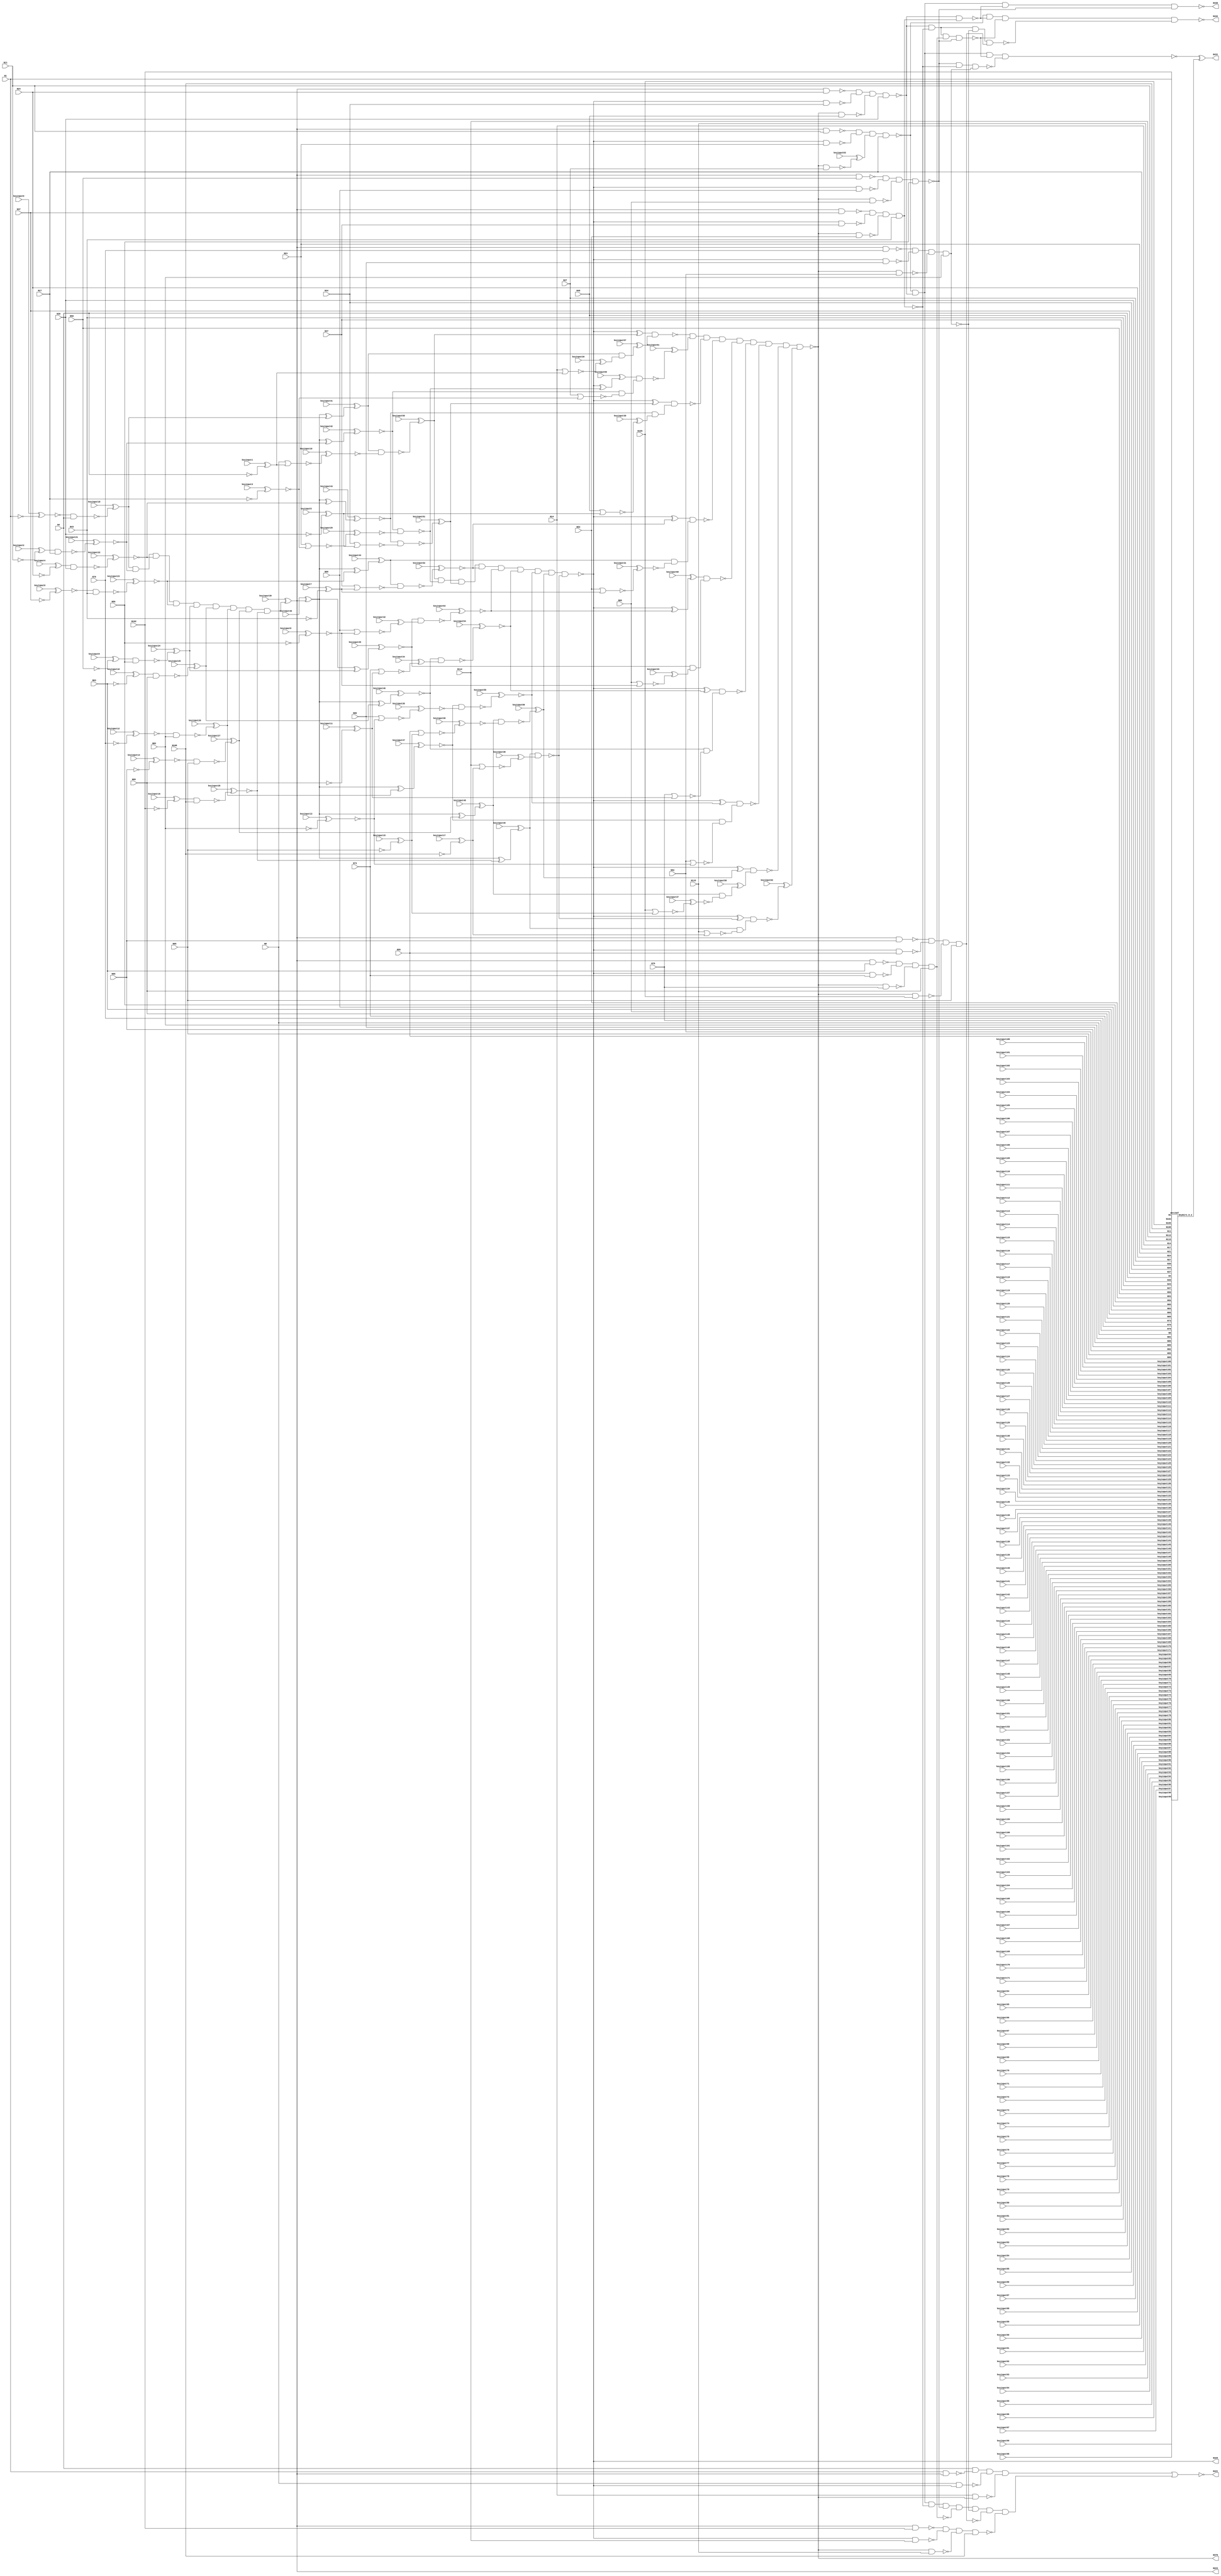
`timescale 1ns / 1ps
// Verilog
// c432
// Ninputs 36
// Noutputs 7
// NtotalGates 160
// NOT1 40
// NAND2 64
// NOR2 19
// AND9 3
// XOR2 18
// NAND4 14
// AND8 1
// NAND3 1

module top (N1,N4,N8,N11,N14,N17,N21,N24,N27,N30,
             N34,N37,N40,N43,N47,N50,N53,N56,N60,N63,
             N66,N69,N73,N76,N79,N82,N86,N89,N92,N95,
             N99,N102,N105,N108,N112,N115,N223,N329,N370,N421,
                  N430,N431,N432,
        keyinput0, keyinput1, keyinput2, keyinput3, keyinput4,
        keyinput5, keyinput6, keyinput7, keyinput8, keyinput9,
        keyinput10, keyinput11, keyinput12, keyinput13, keyinput14,
        keyinput15, keyinput16, keyinput17, keyinput18, keyinput19,
        keyinput20, keyinput21, keyinput22, keyinput23, keyinput24,
        keyinput25, keyinput26, keyinput27, keyinput28, keyinput29,
        keyinput30, keyinput31, keyinput32, keyinput33, keyinput34,
        keyinput35, keyinput36, keyinput37, keyinput38, keyinput39,
        keyinput40, keyinput41, keyinput42, keyinput43, keyinput44,
        keyinput45, keyinput46, keyinput47, keyinput48, keyinput49,
        keyinput50, keyinput51, keyinput52, keyinput53, keyinput54,
        keyinput55, keyinput56, keyinput57, keyinput58, keyinput59,
                  keyinput60, keyinput61, keyinput62, keyinput63,
        keyinput64, keyinput65, keyinput66, keyinput67, keyinput68,
        keyinput69, keyinput70, keyinput71, keyinput72, keyinput73,
        keyinput74, keyinput75, keyinput76, keyinput77, keyinput78,
        keyinput79, keyinput80, keyinput81, keyinput82, keyinput83,
        keyinput84, keyinput85, keyinput86, keyinput87, keyinput88,
        keyinput89, keyinput90, keyinput91, keyinput92, keyinput93,
        keyinput94, keyinput95, keyinput96, keyinput97, keyinput98,
        keyinput99, keyinput100, keyinput101, keyinput102, keyinput103,
        keyinput104, keyinput105, keyinput106, keyinput107, keyinput108,
        keyinput109, keyinput110, keyinput111, keyinput112, keyinput113,
        keyinput114, keyinput115, keyinput116, keyinput117, keyinput118,
        keyinput119, keyinput120, keyinput121, keyinput122, keyinput123,
        keyinput124, keyinput125, keyinput126, keyinput127, keyinput128,
        keyinput129, keyinput130, keyinput131, keyinput132, keyinput133,
                  keyinput134, keyinput135,
        keyinput136, keyinput137, keyinput138, keyinput139, keyinput140,
        keyinput141, keyinput142, keyinput143, keyinput144, keyinput145,
        keyinput146, keyinput147, keyinput148, keyinput149, keyinput150,
        keyinput151, keyinput152, keyinput153, keyinput154, keyinput155,
        keyinput156, keyinput157, keyinput158, keyinput159, keyinput160,
        keyinput161, keyinput162, keyinput163, keyinput164, keyinput165,
        keyinput166, keyinput167, keyinput168, keyinput169, keyinput170,
        keyinput171);

  input keyinput136, keyinput137, keyinput138, keyinput139, keyinput140;
  input keyinput141, keyinput142, keyinput143, keyinput144, keyinput145;
  input keyinput146, keyinput147, keyinput148, keyinput149, keyinput150;
  input keyinput151, keyinput152, keyinput153, keyinput154, keyinput155;
  input keyinput156, keyinput157, keyinput158, keyinput159, keyinput160;
  input keyinput161, keyinput162, keyinput163, keyinput164, keyinput165;
  input keyinput166, keyinput167, keyinput168, keyinput169, keyinput170;
  input keyinput171;


  input keyinput64, keyinput65, keyinput66, keyinput67, keyinput68;
  input keyinput69, keyinput70, keyinput71, keyinput72, keyinput73;
  input keyinput74, keyinput75, keyinput76, keyinput77, keyinput78;
  input keyinput79, keyinput80, keyinput81, keyinput82, keyinput83;
  input keyinput84, keyinput85, keyinput86, keyinput87, keyinput88;
  input keyinput89, keyinput90, keyinput91, keyinput92, keyinput93;
  input keyinput94, keyinput95, keyinput96, keyinput97, keyinput98;
  input keyinput99, keyinput100, keyinput101, keyinput102, keyinput103;
  input keyinput104, keyinput105, keyinput106, keyinput107, keyinput108;
  input keyinput109, keyinput110, keyinput111, keyinput112, keyinput113;
  input keyinput114, keyinput115, keyinput116, keyinput117, keyinput118;
  input keyinput119, keyinput120, keyinput121, keyinput122, keyinput123;
  input keyinput124, keyinput125, keyinput126, keyinput127, keyinput128;
  input keyinput129, keyinput130, keyinput131, keyinput132, keyinput133;
  input keyinput134, keyinput135;

  wire KeyWire_0_1 , KeyWire_0_2;

  input keyinput0, keyinput1, keyinput2, keyinput3, keyinput4;
  input keyinput5, keyinput6, keyinput7, keyinput8, keyinput9;
  input keyinput10, keyinput11, keyinput12, keyinput13, keyinput14;
  input keyinput15, keyinput16, keyinput17, keyinput18, keyinput19;
  input keyinput20, keyinput21, keyinput22, keyinput23, keyinput24;
  input keyinput25, keyinput26, keyinput27, keyinput28, keyinput29;
  input keyinput30, keyinput31, keyinput32, keyinput33, keyinput34;
  input keyinput35, keyinput36, keyinput37, keyinput38, keyinput39;
  input keyinput40, keyinput41, keyinput42, keyinput43, keyinput44;
  input keyinput45, keyinput46, keyinput47, keyinput48, keyinput49;
  input keyinput50, keyinput51, keyinput52, keyinput53, keyinput54;
  input keyinput55, keyinput56, keyinput57, keyinput58, keyinput59;
  input keyinput60, keyinput61, keyinput62, keyinput63;

  wire [0:63] keyinput_Wire_0;
  wire [0:26] KeyNOTWire_0;

input N1,N4,N8,N11,N14,N17,N21,N24,N27,N30,
      N34,N37,N40,N43,N47,N50,N53,N56,N60,N63,
      N66,N69,N73,N76,N79,N82,N86,N89,N92,N95,
      N99,N102,N105,N108,N112,N115;

output N223,N329,N370,N421,N430,N431,N432;

wire N118,N119,N122,N123,N126,N127,N130,N131,N134,N135,
     N138,N139,N142,N143,N146,N147,N150,N151,N154,N157,
     N158,N159,N162,N165,N168,N171,N174,N177,N180,N183,
     N184,N185,N186,N187,N188,N189,N190,N191,N192,N193,
     N194,N195,N196,N197,N198,N199,N203,N213,N224,N227,
     N230,N233,N236,N239,N242,N243,N246,N247,N250,N251,
     N254,N255,N256,N257,N258,N259,N260,N263,N264,N267,
     N270,N273,N276,N279,N282,N285,N288,N289,N290,N291,
     N292,N293,N294,N295,N296,N300,N301,N302,N303,N304,
     N305,N306,N307,N308,N309,N319,N330,N331,N332,N333,
     N334,N335,N336,N337,N338,N339,N340,N341,N342,N343,
     N344,N345,N346,N347,N348,N349,N350,N351,N352,N353,
     N354,N355,N356,N357,N360,N371,N372,N373,N374,N375,
     N376,N377,N378,N379,N380,N381,N386,N393,N399,N404,
     N407,N411,N414,N415,N416,N417,N418,N419,N420,N422,
     N425,N428,N429;

  not NOT1_1 (keyinput_Wire_0[0], N1);
  xor keyGate_0_0(KeyNOTWire_0[0], keyinput0, keyinput_Wire_0[0]);
  not KeyNOTGate_0_0(N118, KeyNOTWire_0[0]);
  not NOT1_2 (keyinput_Wire_0[1], N4);
  xnor keyGate_0_1(KeyNOTWire_0[1], keyinput1, keyinput_Wire_0[1]);
  not KeyNOTGate_0_1(N119, KeyNOTWire_0[1]);
  not NOT1_3 (keyinput_Wire_0[2], N11);
  xor keyGate_0_2(N122, keyinput2, keyinput_Wire_0[2]);
  not NOT1_4 (keyinput_Wire_0[3], N17);
  xor keyGate_0_3(KeyNOTWire_0[2], keyinput3, keyinput_Wire_0[3]);
  not KeyNOTGate_0_2(N123, KeyNOTWire_0[2]);
  not NOT1_5 (keyinput_Wire_0[4], N24);
  xor keyGate_0_4(N126, keyinput4, keyinput_Wire_0[4]);
  not NOT1_6 (keyinput_Wire_0[5], N30);
  xor keyGate_0_5(N127, keyinput5, keyinput_Wire_0[5]);
  not NOT1_7 (keyinput_Wire_0[6], N37);
  xnor keyGate_0_6(N130, keyinput6, keyinput_Wire_0[6]);
  not NOT1_8 (keyinput_Wire_0[7], N43);
  xnor keyGate_0_7(KeyNOTWire_0[3], keyinput7, keyinput_Wire_0[7]);
  not KeyNOTGate_0_3(N131, KeyNOTWire_0[3]);
  not NOT1_9 (keyinput_Wire_0[8], N50);
  xnor keyGate_0_8(KeyNOTWire_0[4], keyinput8, keyinput_Wire_0[8]);
  not KeyNOTGate_0_4(N134, KeyNOTWire_0[4]);
  not NOT1_10 (keyinput_Wire_0[9], N56);
  xnor keyGate_0_9(N135, keyinput9, keyinput_Wire_0[9]);
  not NOT1_11 (keyinput_Wire_0[10], N63);
  xnor keyGate_0_10(KeyNOTWire_0[5], keyinput10, keyinput_Wire_0[10]);
  not KeyNOTGate_0_5(N138, KeyNOTWire_0[5]);
  not NOT1_12 (keyinput_Wire_0[11], N69);
  xor keyGate_0_11(N139, keyinput11, keyinput_Wire_0[11]);
  not NOT1_13 (keyinput_Wire_0[12], N76);
  xnor keyGate_0_12(N142, keyinput12, keyinput_Wire_0[12]);
  not NOT1_14 (keyinput_Wire_0[13], N82);
  xnor keyGate_0_13(N143, keyinput13, keyinput_Wire_0[13]);
  not NOT1_15 (keyinput_Wire_0[14], N89);
  xor keyGate_0_14(KeyNOTWire_0[6], keyinput14, keyinput_Wire_0[14]);
  not KeyNOTGate_0_6(N146, KeyNOTWire_0[6]);
  not NOT1_16 (keyinput_Wire_0[15], N95);
  xnor keyGate_0_15(KeyNOTWire_0[7], keyinput15, keyinput_Wire_0[15]);
  not KeyNOTGate_0_7(N147, KeyNOTWire_0[7]);
  not NOT1_17 (keyinput_Wire_0[16], N102);
  xnor keyGate_0_16(KeyNOTWire_0[8], keyinput16, keyinput_Wire_0[16]);
  not KeyNOTGate_0_8(N150, KeyNOTWire_0[8]);
  not NOT1_18 (keyinput_Wire_0[17], N108);
  xor keyGate_0_17(N151, keyinput17, keyinput_Wire_0[17]);
  nand NAND2_19 (keyinput_Wire_0[18], N118, N4);
  xor keyGate_0_18(N154, keyinput18, keyinput_Wire_0[18]);
  nor NOR2_20 (keyinput_Wire_0[19], N8, N119);
  xnor keyGate_0_19(N157, keyinput19, keyinput_Wire_0[19]);
  nor NOR2_21 (keyinput_Wire_0[20], N14, N119);
  xor keyGate_0_20(N158, keyinput20, keyinput_Wire_0[20]);
  nand NAND2_22 (keyinput_Wire_0[21], N122, N17);
  xor keyGate_0_21(KeyNOTWire_0[9], keyinput21, keyinput_Wire_0[21]);
  not KeyNOTGate_0_9(N159, KeyNOTWire_0[9]);
  nand NAND2_23 (keyinput_Wire_0[22], N126, N30);
  xnor keyGate_0_22(N162, keyinput22, keyinput_Wire_0[22]);
  nand NAND2_24 (keyinput_Wire_0[23], N130, N43);
  xnor keyGate_0_23(N165, keyinput23, keyinput_Wire_0[23]);
  nand NAND2_25 (keyinput_Wire_0[24], N134, N56);
  xor keyGate_0_24(N168, keyinput24, keyinput_Wire_0[24]);
  nand NAND2_26 (keyinput_Wire_0[25], N138, N69);
  xnor keyGate_0_25(KeyNOTWire_0[10], keyinput25, keyinput_Wire_0[25]);
  not KeyNOTGate_0_10(N171, KeyNOTWire_0[10]);
  nand NAND2_27 (keyinput_Wire_0[26], N142, N82);
  xor keyGate_0_26(N174, keyinput26, keyinput_Wire_0[26]);
  nand NAND2_28 (keyinput_Wire_0[27], N146, N95);
  xor keyGate_0_27(N177, keyinput27, keyinput_Wire_0[27]);
  nand NAND2_29 (keyinput_Wire_0[28], N150, N108);
  xor keyGate_0_28(KeyNOTWire_0[11], keyinput28, keyinput_Wire_0[28]);
  not KeyNOTGate_0_11(N180, KeyNOTWire_0[11]);
  nor NOR2_30 (keyinput_Wire_0[29], N21, N123);
  xnor keyGate_0_29(N183, keyinput29, keyinput_Wire_0[29]);
nor NOR2_31 (N184, N27, N123);
nor NOR2_32 (N185, N34, N127);
  nor NOR2_33 (keyinput_Wire_0[30], N40, N127);
  xor keyGate_0_30(N186, keyinput30, keyinput_Wire_0[30]);
nor NOR2_34 (N187, N47, N131);
  nor NOR2_35 (keyinput_Wire_0[31], N53, N131);
  xor keyGate_0_31(KeyNOTWire_0[12], keyinput31, keyinput_Wire_0[31]);
  not KeyNOTGate_0_12(N188, KeyNOTWire_0[12]);
  nor NOR2_36 (keyinput_Wire_0[32], N60, N135);
  xnor keyGate_0_32(KeyNOTWire_0[13], keyinput32, keyinput_Wire_0[32]);
  not KeyNOTGate_0_13(N189, KeyNOTWire_0[13]);
  nor NOR2_37 (keyinput_Wire_0[33], N66, N135);
  xor keyGate_0_33(N190, keyinput33, keyinput_Wire_0[33]);
  nor NOR2_38 (keyinput_Wire_0[34], N73, N139);
  xor keyGate_0_34(N191, keyinput34, keyinput_Wire_0[34]);
nor NOR2_39 (N192, N79, N139);
  nor NOR2_40 (keyinput_Wire_0[35], N86, N143);
  xnor keyGate_0_35(N193, keyinput35, keyinput_Wire_0[35]);
nor NOR2_41 (N194, N92, N143);
  nor NOR2_42 (keyinput_Wire_0[36], N99, N147);
  xor keyGate_0_36(KeyNOTWire_0[14], keyinput36, keyinput_Wire_0[36]);
  not KeyNOTGate_0_14(N195, KeyNOTWire_0[14]);
  nor NOR2_43 (keyinput_Wire_0[37], N105, N147);
  xnor keyGate_0_37(N196, keyinput37, keyinput_Wire_0[37]);
  nor NOR2_44 (keyinput_Wire_0[38], N112, N151);
  xor keyGate_0_38(N197, keyinput38, keyinput_Wire_0[38]);
nor NOR2_45 (N198, N115, N151);
  and AND9_46 (keyinput_Wire_0[39], N154, N159, N162, N165, N168, N171, N174, N177, N180);
  xnor keyGate_0_39(N199, keyinput39, keyinput_Wire_0[39]);
  not NOT1_47 (keyinput_Wire_0[40], N199);
  xor keyGate_0_40(N203, keyinput40, keyinput_Wire_0[40]);
not NOT1_48 (N213, N199);
not NOT1_49 (N223, N199);
  xor XOR2_50 (keyinput_Wire_0[41], N203, N154);
  xor keyGate_0_41(N224, keyinput41, keyinput_Wire_0[41]);
  xor XOR2_51 (keyinput_Wire_0[42], N203, N159);
  xor keyGate_0_42(KeyNOTWire_0[15], keyinput42, keyinput_Wire_0[42]);
  not KeyNOTGate_0_15(N227, KeyNOTWire_0[15]);
  xor XOR2_52 (keyinput_Wire_0[43], N203, N162);
  xor keyGate_0_43(KeyNOTWire_0[16], keyinput43, keyinput_Wire_0[43]);
  not KeyNOTGate_0_16(N230, KeyNOTWire_0[16]);
  xor XOR2_53 (keyinput_Wire_0[44], N203, N165);
  xnor keyGate_0_44(KeyNOTWire_0[17], keyinput44, keyinput_Wire_0[44]);
  not KeyNOTGate_0_17(N233, KeyNOTWire_0[17]);
  xor XOR2_54 (keyinput_Wire_0[45], N203, N168);
  xor keyGate_0_45(KeyNOTWire_0[18], keyinput45, keyinput_Wire_0[45]);
  not KeyNOTGate_0_18(N236, KeyNOTWire_0[18]);
  xor XOR2_55 (keyinput_Wire_0[46], N203, N171);
  xnor keyGate_0_46(N239, keyinput46, keyinput_Wire_0[46]);
nand NAND2_56 (N242, N1, N213);
  xor XOR2_57 (keyinput_Wire_0[47], N203, N174);
  xnor keyGate_0_47(N243, keyinput47, keyinput_Wire_0[47]);
nand NAND2_58 (N246, N213, N11);
  xor XOR2_59 (keyinput_Wire_0[48], N203, N177);
  xor keyGate_0_48(N247, keyinput48, keyinput_Wire_0[48]);
nand NAND2_60 (N250, N213, N24);
  xor XOR2_61 (keyinput_Wire_0[49], N203, N180);
  xor keyGate_0_49(N251, keyinput49, keyinput_Wire_0[49]);
nand NAND2_62 (N254, N213, N37);
nand NAND2_63 (N255, N213, N50);
nand NAND2_64 (N256, N213, N63);
nand NAND2_65 (N257, N213, N76);
nand NAND2_66 (N258, N213, N89);
nand NAND2_67 (N259, N213, N102);
  nand NAND2_68 (keyinput_Wire_0[50], N224, N157);
  xnor keyGate_0_50(KeyNOTWire_0[19], keyinput50, keyinput_Wire_0[50]);
  not KeyNOTGate_0_19(N260, KeyNOTWire_0[19]);
nand NAND2_69 (N263, N224, N158);
nand NAND2_70 (N264, N227, N183);
  nand NAND2_71 (keyinput_Wire_0[51], N230, N185);
  xnor keyGate_0_51(KeyNOTWire_0[20], keyinput51, keyinput_Wire_0[51]);
  not KeyNOTGate_0_20(N267, KeyNOTWire_0[20]);
  nand NAND2_72 (keyinput_Wire_0[52], N233, N187);
  xnor keyGate_0_52(N270, keyinput52, keyinput_Wire_0[52]);
  nand NAND2_73 (keyinput_Wire_0[53], N236, N189);
  xnor keyGate_0_53(N273, keyinput53, keyinput_Wire_0[53]);
  nand NAND2_74 (keyinput_Wire_0[54], N239, N191);
  xor keyGate_0_54(KeyNOTWire_0[21], keyinput54, keyinput_Wire_0[54]);
  not KeyNOTGate_0_21(N276, KeyNOTWire_0[21]);
  nand NAND2_75 (keyinput_Wire_0[55], N243, N193);
  xor keyGate_0_55(KeyNOTWire_0[22], keyinput55, keyinput_Wire_0[55]);
  not KeyNOTGate_0_22(N279, KeyNOTWire_0[22]);
  nand NAND2_76 (keyinput_Wire_0[56], N247, N195);
  xnor keyGate_0_56(KeyNOTWire_0[23], keyinput56, keyinput_Wire_0[56]);
  not KeyNOTGate_0_23(N282, KeyNOTWire_0[23]);
nand NAND2_77 (N285, N251, N197);
nand NAND2_78 (N288, N227, N184);
nand NAND2_79 (N289, N230, N186);
nand NAND2_80 (N290, N233, N188);
nand NAND2_81 (N291, N236, N190);
nand NAND2_82 (N292, N239, N192);
nand NAND2_83 (N293, N243, N194);
nand NAND2_84 (N294, N247, N196);
nand NAND2_85 (N295, N251, N198);
and AND9_86 (N296, N260, N264, N267, N270, N273, N276, N279, N282, N285);
  not NOT1_87 (keyinput_Wire_0[57], N263);
  xor keyGate_0_57(N300, keyinput57, keyinput_Wire_0[57]);
not NOT1_88 (N301, N288);
not NOT1_89 (N302, N289);
not NOT1_90 (N303, N290);
not NOT1_91 (N304, N291);
not NOT1_92 (N305, N292);
not NOT1_93 (N306, N293);
  not NOT1_94 (keyinput_Wire_0[58], N294);
  xnor keyGate_0_58(KeyNOTWire_0[24], keyinput58, keyinput_Wire_0[58]);
  not KeyNOTGate_0_24(N307, KeyNOTWire_0[24]);
not NOT1_95 (N308, N295);
not NOT1_96 (N309, N296);
not NOT1_97 (N319, N296);
not NOT1_98 (N329, N296);
xor XOR2_99 (N330, N309, N260);
  xor XOR2_100 (keyinput_Wire_0[59], N309, N264);
  xnor keyGate_0_59(KeyNOTWire_0[25], keyinput59, keyinput_Wire_0[59]);
  not KeyNOTGate_0_25(N331, KeyNOTWire_0[25]);
xor XOR2_101 (N332, N309, N267);
xor XOR2_102 (N333, N309, N270);
nand NAND2_103 (N334, N8, N319);
  xor XOR2_104 (keyinput_Wire_0[60], N309, N273);
  xor keyGate_0_60(N335, keyinput60, keyinput_Wire_0[60]);
nand NAND2_105 (N336, N319, N21);
xor XOR2_106 (N337, N309, N276);
nand NAND2_107 (N338, N319, N34);
xor XOR2_108 (N339, N309, N279);
nand NAND2_109 (N340, N319, N47);
xor XOR2_110 (N341, N309, N282);
nand NAND2_111 (N342, N319, N60);
xor XOR2_112 (N343, N309, N285);
nand NAND2_113 (N344, N319, N73);
nand NAND2_114 (N345, N319, N86);
nand NAND2_115 (N346, N319, N99);
nand NAND2_116 (N347, N319, N112);
nand NAND2_117 (N348, N330, N300);
  nand NAND2_118 (keyinput_Wire_0[61], N331, N301);
  xor keyGate_0_61(N349, keyinput61, keyinput_Wire_0[61]);
nand NAND2_119 (N350, N332, N302);
nand NAND2_120 (N351, N333, N303);
nand NAND2_121 (N352, N335, N304);
nand NAND2_122 (N353, N337, N305);
nand NAND2_123 (N354, N339, N306);
nand NAND2_124 (N355, N341, N307);
  nand NAND2_125 (keyinput_Wire_0[62], N343, N308);
  xor keyGate_0_62(N356, keyinput62, keyinput_Wire_0[62]);
and AND9_126 (N357, N348, N349, N350, N351, N352, N353, N354, N355, N356);
not NOT1_127 (N360, N357);
not NOT1_128 (N370, N357);
nand NAND2_129 (N371, N14, N360);
  nand NAND2_130 (keyinput_Wire_0[63], N360, N27);
  xnor keyGate_0_63(KeyNOTWire_0[26], keyinput63, keyinput_Wire_0[63]);
  not KeyNOTGate_0_26(N372, KeyNOTWire_0[26]);
nand NAND2_131 (N373, N360, N40);
nand NAND2_132 (N374, N360, N53);
nand NAND2_133 (N375, N360, N66);
nand NAND2_134 (N376, N360, N79);
nand NAND2_135 (N377, N360, N92);
nand NAND2_136 (N378, N360, N105);
nand NAND2_137 (N379, N360, N115);
nand NAND4_138 (N380, N4, N242, N334, N371);
nand NAND4_139 (N381, N246, N336, N372, N17);
nand NAND4_140 (N386, N250, N338, N373, N30);
nand NAND4_141 (N393, N254, N340, N374, N43);
nand NAND4_142 (N399, N255, N342, N375, N56);
nand NAND4_143 (N404, N256, N344, N376, N69);
nand NAND4_144 (N407, N257, N345, N377, N82);
nand NAND4_145 (N411, N258, N346, N378, N95);
nand NAND4_146 (N414, N259, N347, N379, N108);
not NOT1_147 (N415, N380);
and AND8_148 (N416, N381, N386, N393, N399, N404, N407, N411, N414);
not NOT1_149 (N417, N393);
not NOT1_150 (N418, N404);
not NOT1_151 (N419, N407);
not NOT1_152 (N420, N411);
nor NOR2_153 (N421, N415, N416);
nand NAND2_154 (N422, N386, N417);
nand NAND4_155 (N425, N386, N393, N418, N399);
nand NAND3_156 (N428, N399, N393, N419);
nand NAND4_157 (N429, N386, N393, N407, N420);
nand NAND4_158 (N430, N381, N386, N422, N399);
nand NAND4_159 (KeyWire_0_1, N381, N386, N425, N428);
  xor flip_it (N431, KeyWire_0_1, KeyWire_0_2 );
nand NAND4_160 (N432, N381, N422, N425, N429);

AntiSAT some_name( KeyWire_0_2, N108, N30, N43, N69, N60, N53, N11, N17, N89, N8, N99, N4, N24, N115, N27, N92, N66, N21, N73, N95, N76, N82, N50, N86, N37, N1, N47, N105, N40, N112, N102, N14, N56, N63, N34, N79, keyinput64, keyinput65, keyinput66, keyinput67, keyinput68, keyinput69, keyinput70, keyinput71, keyinput72, keyinput73, keyinput74, keyinput75, keyinput76, keyinput77, keyinput78, keyinput79, keyinput80, keyinput81, keyinput82, keyinput83, keyinput84, keyinput85, keyinput86, keyinput87, keyinput88, keyinput89, keyinput90, keyinput91, keyinput92, keyinput93, keyinput94, keyinput95, keyinput96, keyinput97, keyinput98, keyinput99, keyinput100, keyinput101, keyinput102, keyinput103, keyinput104, keyinput105, keyinput106, keyinput107, keyinput108, keyinput109, keyinput110, keyinput111, keyinput112, keyinput113, keyinput114, keyinput115, keyinput116, keyinput117, keyinput118, keyinput119, keyinput120, keyinput121, keyinput122, keyinput123, keyinput124, keyinput125, keyinput126, keyinput127, keyinput128, keyinput129, keyinput130, keyinput131, keyinput132, keyinput133, keyinput134, keyinput135,
       keyinput136, keyinput137, keyinput138, keyinput139, keyinput140,
       keyinput141, keyinput142, keyinput143, keyinput144, keyinput145,
       keyinput146, keyinput147, keyinput148, keyinput149, keyinput150,
       keyinput151, keyinput152, keyinput153, keyinput154, keyinput155,
       keyinput156, keyinput157, keyinput158, keyinput159, keyinput160,
       keyinput161, keyinput162, keyinput163, keyinput164, keyinput165,
       keyinput166, keyinput167, keyinput168, keyinput169, keyinput170,
       keyinput171);

endmodule

/*************************************************************************/

module AntiSAT (KeyWire_0_2, N108, N30, N43, N69, N60, N53, N11, N17, N89, N8, N99, N4, N24, N115, N27, N92, N66, N21, N73, N95, N76, N82, N50, N86, N37, N1, N47, N105, N40, N112, N102, N14, N56, N63, N34, N79, keyinput64, keyinput65, keyinput66, keyinput67, keyinput68, keyinput69, keyinput70, keyinput71, keyinput72, keyinput73, keyinput74, keyinput75, keyinput76, keyinput77, keyinput78, keyinput79, keyinput80, keyinput81, keyinput82, keyinput83, keyinput84, keyinput85, keyinput86, keyinput87, keyinput88, keyinput89, keyinput90, keyinput91, keyinput92, keyinput93, keyinput94, keyinput95, keyinput96, keyinput97, keyinput98, keyinput99, keyinput100, keyinput101, keyinput102, keyinput103, keyinput104, keyinput105, keyinput106, keyinput107, keyinput108, keyinput109, keyinput110, keyinput111, keyinput112, keyinput113, keyinput114, keyinput115, keyinput116, keyinput117, keyinput118, keyinput119, keyinput120, keyinput121, keyinput122, keyinput123, keyinput124, keyinput125, keyinput126, keyinput127, keyinput128, keyinput129, keyinput130, keyinput131, keyinput132, keyinput133, keyinput134, keyinput135 ,
        keyinput136, keyinput137, keyinput138, keyinput139, keyinput140,
        keyinput141, keyinput142, keyinput143, keyinput144, keyinput145,
        keyinput146, keyinput147, keyinput148, keyinput149, keyinput150,
        keyinput151, keyinput152, keyinput153, keyinput154, keyinput155,
        keyinput156, keyinput157, keyinput158, keyinput159, keyinput160,
        keyinput161, keyinput162, keyinput163, keyinput164, keyinput165,
        keyinput166, keyinput167, keyinput168, keyinput169, keyinput170,
        keyinput171);

  input keyinput136, keyinput137, keyinput138, keyinput139, keyinput140;
  input keyinput141, keyinput142, keyinput143, keyinput144, keyinput145;
  input keyinput146, keyinput147, keyinput148, keyinput149, keyinput150;
  input keyinput151, keyinput152, keyinput153, keyinput154, keyinput155;
  input keyinput156, keyinput157, keyinput158, keyinput159, keyinput160;
  input keyinput161, keyinput162, keyinput163, keyinput164, keyinput165;
  input keyinput166, keyinput167, keyinput168, keyinput169, keyinput170;
  input keyinput171;

  wire [0:35] keyNTin_Wire_1;
  wire [0:15] KeyNOTWire_1;

  input N108, N30, N43, N69, N60, N53, N11, N17, N89, N8, N99, N4, N24, N115, N27, N92, N66, N21, N73, N95, N76, N82, N50, N86, N37, N1, N47, N105, N40, N112, N102, N14, N56, N63, N34, N79;
  input keyinput64, keyinput65, keyinput66, keyinput67, keyinput68, keyinput69, keyinput70, keyinput71, keyinput72, keyinput73, keyinput74, keyinput75, keyinput76, keyinput77, keyinput78, keyinput79, keyinput80, keyinput81, keyinput82, keyinput83, keyinput84, keyinput85, keyinput86, keyinput87, keyinput88, keyinput89, keyinput90, keyinput91, keyinput92, keyinput93, keyinput94, keyinput95, keyinput96, keyinput97, keyinput98, keyinput99, keyinput100, keyinput101, keyinput102, keyinput103, keyinput104, keyinput105, keyinput106, keyinput107, keyinput108, keyinput109, keyinput110, keyinput111, keyinput112, keyinput113, keyinput114, keyinput115, keyinput116, keyinput117, keyinput118, keyinput119, keyinput120, keyinput121, keyinput122, keyinput123, keyinput124, keyinput125, keyinput126, keyinput127, keyinput128, keyinput129, keyinput130, keyinput131, keyinput132, keyinput133, keyinput134, keyinput135;
  output KeyWire_0_2;
  wire newWire_0, newWire_1, newWire_2, newWire_3, newWire_4, newWire_5, newWire_6, newWire_7, newWire_8, newWire_9, newWire_10, newWire_11, newWire_12, newWire_13, newWire_14, newWire_15, newWire_16, newWire_17, newWire_18, newWire_19, newWire_20, newWire_21, newWire_22, newWire_23, newWire_24, newWire_25, newWire_26, newWire_27, newWire_28, newWire_29, newWire_30, newWire_31, newWire_32, newWire_33, newWire_34, newWire_35, newWire_36, newWire_37, newWire_38, newWire_39, newWire_40, newWire_41, newWire_42, newWire_43, newWire_44, newWire_45, newWire_46, newWire_47, newWire_48, newWire_49, newWire_50, newWire_51, newWire_52, newWire_53, newWire_54, newWire_55, newWire_56, newWire_57, newWire_58, newWire_59, newWire_60, newWire_61, newWire_62, newWire_63, newWire_64, newWire_65, newWire_66, newWire_67, newWire_68, newWire_69, newWire_70, newWire_71, newWire_72, newWire_73 ;

  xnor KeyGate0 (newWire_0, N108, keyinput64);
  xor  KeyGate1 (newWire_1, N30, keyinput65);
  xnor KeyGate2 (keyNTin_Wire_1[0], N43, keyinput66);
  xor keyNTinGate_1_0(KeyNOTWire_1[0], keyinput136, keyNTin_Wire_1[0]);
  not KeyNOTGate_1_0(newWire_2, KeyNOTWire_1[0]);
  xor  KeyGate3 (newWire_3, N69, keyinput67);
  xnor KeyGate4 (keyNTin_Wire_1[1], N60, keyinput68);
  xor keyNTinGate_1_1(KeyNOTWire_1[1], keyinput137, keyNTin_Wire_1[1]);
  not KeyNOTGate_1_1(newWire_4, KeyNOTWire_1[1]);
  xnor KeyGate5 (keyNTin_Wire_1[2], N53, keyinput69);
  xnor keyNTinGate_1_2(newWire_5, keyinput138, keyNTin_Wire_1[2]);
  xor  KeyGate6 (keyNTin_Wire_1[3], N11, keyinput70);
  xnor keyNTinGate_1_3(KeyNOTWire_1[2], keyinput139, keyNTin_Wire_1[3]);
  not KeyNOTGate_1_2(newWire_6, KeyNOTWire_1[2]);
  xnor KeyGate7 (newWire_7, N17, keyinput71);
  xnor KeyGate8 (newWire_8, N89, keyinput72);
  xor  KeyGate9 (newWire_9, N8, keyinput73);
  xnor KeyGate10 (keyNTin_Wire_1[4], N99, keyinput74);
  xor keyNTinGate_1_4(newWire_10, keyinput140, keyNTin_Wire_1[4]);
  xor  KeyGate11 (newWire_11, N4, keyinput75);
  xor  KeyGate12 (keyNTin_Wire_1[5], N24, keyinput76);
  xor keyNTinGate_1_5(newWire_12, keyinput141, keyNTin_Wire_1[5]);
  xor  KeyGate13 (keyNTin_Wire_1[6], N115, keyinput77);
  xnor keyNTinGate_1_6(KeyNOTWire_1[3], keyinput142, keyNTin_Wire_1[6]);
  not KeyNOTGate_1_3(newWire_13, KeyNOTWire_1[3]);
  xor  KeyGate14 (newWire_14, N27, keyinput78);
  xor  KeyGate15 (newWire_15, N92, keyinput79);
  xnor KeyGate16 (newWire_16, N66, keyinput80);
  xnor KeyGate17 (keyNTin_Wire_1[7], N21, keyinput81);
  xnor keyNTinGate_1_7(KeyNOTWire_1[4], keyinput143, keyNTin_Wire_1[7]);
  not KeyNOTGate_1_4(newWire_17, KeyNOTWire_1[4]);
  xnor KeyGate18 (keyNTin_Wire_1[8], N73, keyinput82);
  xor keyNTinGate_1_8(newWire_18, keyinput144, keyNTin_Wire_1[8]);
  xnor KeyGate19 (newWire_19, N95, keyinput83);
  xor  KeyGate20 (newWire_20, N76, keyinput84);
  xor  KeyGate21 (keyNTin_Wire_1[9], N82, keyinput85);
  xnor keyNTinGate_1_9(newWire_21, keyinput145, keyNTin_Wire_1[9]);
  xnor KeyGate22 (keyNTin_Wire_1[10], N50, keyinput86);
  xnor keyNTinGate_1_10(newWire_22, keyinput146, keyNTin_Wire_1[10]);
  xnor KeyGate23 (newWire_23, N86, keyinput87);
  xnor KeyGate24 (newWire_24, N37, keyinput88);
  xor  KeyGate25 (newWire_25, N1, keyinput89);
  xor  KeyGate26 (newWire_26, N47, keyinput90);
  xnor KeyGate27 (newWire_27, N105, keyinput91);
  xor  KeyGate28 (newWire_28, N40, keyinput92);
  xor  KeyGate29 (newWire_29, N112, keyinput93);
  xor  KeyGate30 (keyNTin_Wire_1[11], N102, keyinput94);
  xnor keyNTinGate_1_11(newWire_30, keyinput147, keyNTin_Wire_1[11]);
  xor  KeyGate31 (newWire_31, N14, keyinput95);
  xnor KeyGate32 (keyNTin_Wire_1[12], N56, keyinput96);
  xnor keyNTinGate_1_12(newWire_32, keyinput148, keyNTin_Wire_1[12]);
  xnor KeyGate33 (newWire_33, N63, keyinput97);
  xnor KeyGate34 (newWire_34, N34, keyinput98);
  xor  KeyGate35 (newWire_35, N79, keyinput99);
  xnor KeyGate36 (newWire_36, N108, keyinput100);
  xnor KeyGate37 (keyNTin_Wire_1[13], N30, keyinput101);
  xor keyNTinGate_1_13(KeyNOTWire_1[5], keyinput149, keyNTin_Wire_1[13]);
  not KeyNOTGate_1_5(newWire_37, KeyNOTWire_1[5]);
  xor  KeyGate38 (keyNTin_Wire_1[14], N43, keyinput102);
  xnor keyNTinGate_1_14(newWire_38, keyinput150, keyNTin_Wire_1[14]);
  xor  KeyGate39 (keyNTin_Wire_1[15], N69, keyinput103);
  xor keyNTinGate_1_15(KeyNOTWire_1[6], keyinput151, keyNTin_Wire_1[15]);
  not KeyNOTGate_1_6(newWire_39, KeyNOTWire_1[6]);
  xnor KeyGate40 (keyNTin_Wire_1[16], N60, keyinput104);
  xnor keyNTinGate_1_16(KeyNOTWire_1[7], keyinput152, keyNTin_Wire_1[16]);
  not KeyNOTGate_1_7(newWire_40, KeyNOTWire_1[7]);
  xnor KeyGate41 (newWire_41, N53, keyinput105);
  xnor KeyGate42 (newWire_42, N11, keyinput106);
  xor  KeyGate43 (newWire_43, N17, keyinput107);
  xnor KeyGate44 (newWire_44, N89, keyinput108);
  xor  KeyGate45 (keyNTin_Wire_1[17], N8, keyinput109);
  xnor keyNTinGate_1_17(KeyNOTWire_1[8], keyinput153, keyNTin_Wire_1[17]);
  not KeyNOTGate_1_8(newWire_45, KeyNOTWire_1[8]);
  xor  KeyGate46 (keyNTin_Wire_1[18], N99, keyinput110);
  xnor keyNTinGate_1_18(newWire_46, keyinput154, keyNTin_Wire_1[18]);
  xnor KeyGate47 (keyNTin_Wire_1[19], N4, keyinput111);
  xor keyNTinGate_1_19(KeyNOTWire_1[9], keyinput155, keyNTin_Wire_1[19]);
  not KeyNOTGate_1_9(newWire_47, KeyNOTWire_1[9]);
  xor  KeyGate48 (newWire_48, N24, keyinput112);
  xnor KeyGate49 (newWire_49, N115, keyinput113);
  xor  KeyGate50 (newWire_50, N27, keyinput114);
  xor  KeyGate51 (newWire_51, N92, keyinput115);
  xnor KeyGate52 (newWire_52, N66, keyinput116);
  xor  KeyGate53 (keyNTin_Wire_1[20], N21, keyinput117);
  xor keyNTinGate_1_20(newWire_53, keyinput156, keyNTin_Wire_1[20]);
  xor  KeyGate54 (newWire_54, N73, keyinput118);
  xnor KeyGate55 (keyNTin_Wire_1[21], N95, keyinput119);
  xnor keyNTinGate_1_21(newWire_55, keyinput157, keyNTin_Wire_1[21]);
  xor  KeyGate56 (keyNTin_Wire_1[22], N76, keyinput120);
  xnor keyNTinGate_1_22(newWire_56, keyinput158, keyNTin_Wire_1[22]);
  xnor KeyGate57 (newWire_57, N82, keyinput121);
  xor  KeyGate58 (keyNTin_Wire_1[23], N50, keyinput122);
  xor keyNTinGate_1_23(newWire_58, keyinput159, keyNTin_Wire_1[23]);
  xnor KeyGate59 (keyNTin_Wire_1[24], N86, keyinput123);
  xor keyNTinGate_1_24(newWire_59, keyinput160, keyNTin_Wire_1[24]);
  xnor KeyGate60 (keyNTin_Wire_1[25], N37, keyinput124);
  xnor keyNTinGate_1_25(newWire_60, keyinput161, keyNTin_Wire_1[25]);
  xnor KeyGate61 (keyNTin_Wire_1[26], N1, keyinput125);
  xor keyNTinGate_1_26(newWire_61, keyinput162, keyNTin_Wire_1[26]);
  xnor KeyGate62 (newWire_62, N47, keyinput126);
  xor  KeyGate63 (keyNTin_Wire_1[27], N105, keyinput127);
  xnor keyNTinGate_1_27(newWire_63, keyinput163, keyNTin_Wire_1[27]);
  xor  KeyGate64 (keyNTin_Wire_1[28], N40, keyinput128);
  xor keyNTinGate_1_28(newWire_64, keyinput164, keyNTin_Wire_1[28]);
  xor  KeyGate65 (keyNTin_Wire_1[29], N112, keyinput129);
  xor keyNTinGate_1_29(KeyNOTWire_1[10], keyinput165, keyNTin_Wire_1[29]);
  not KeyNOTGate_1_10(newWire_65, KeyNOTWire_1[10]);
  xnor KeyGate66 (newWire_66, N102, keyinput130);
  xnor KeyGate67 (keyNTin_Wire_1[30], N14, keyinput131);
  xor keyNTinGate_1_30(KeyNOTWire_1[11], keyinput166, keyNTin_Wire_1[30]);
  not KeyNOTGate_1_11(newWire_67, KeyNOTWire_1[11]);
  xnor KeyGate68 (keyNTin_Wire_1[31], N56, keyinput132);
  xor keyNTinGate_1_31(newWire_68, keyinput167, keyNTin_Wire_1[31]);
  xor  KeyGate69 (newWire_69, N63, keyinput133);
  xor  KeyGate70 (keyNTin_Wire_1[32], N34, keyinput134);
  xor keyNTinGate_1_32(KeyNOTWire_1[12], keyinput168, keyNTin_Wire_1[32]);
  not KeyNOTGate_1_12(newWire_70, KeyNOTWire_1[12]);
  xor  KeyGate71 (keyNTin_Wire_1[33], N79, keyinput135);
  xor keyNTinGate_1_33(KeyNOTWire_1[13], keyinput169, keyNTin_Wire_1[33]);
  not KeyNOTGate_1_13(newWire_71, KeyNOTWire_1[13]);
  and some_function (keyNTin_Wire_1[34], newWire_0, newWire_1, newWire_2, newWire_3, newWire_4, newWire_5, newWire_6, newWire_7, newWire_8, newWire_9, newWire_10, newWire_11, newWire_12, newWire_13, newWire_14, newWire_15, newWire_16, newWire_17, newWire_18, newWire_19, newWire_20, newWire_21, newWire_22, newWire_23, newWire_24, newWire_25, newWire_26, newWire_27, newWire_28, newWire_29, newWire_30, newWire_31, newWire_32, newWire_33, newWire_34, newWire_35 );
  xor keyNTinGate_1_34(KeyNOTWire_1[14], keyinput170, keyNTin_Wire_1[34]);
  not KeyNOTGate_1_14(newWire_72, KeyNOTWire_1[14]);
  nand compl_function (keyNTin_Wire_1[35], newWire_36, newWire_37, newWire_38, newWire_39, newWire_40, newWire_41, newWire_42, newWire_43, newWire_44, newWire_45, newWire_46, newWire_47, newWire_48, newWire_49, newWire_50, newWire_51, newWire_52, newWire_53, newWire_54, newWire_55, newWire_56, newWire_57, newWire_58, newWire_59, newWire_60, newWire_61, newWire_62, newWire_63, newWire_64, newWire_65, newWire_66, newWire_67, newWire_68, newWire_69, newWire_70, newWire_71);
  xor keyNTinGate_1_35(KeyNOTWire_1[15], keyinput171, keyNTin_Wire_1[35]);
  not KeyNOTGate_1_15(newWire_73, KeyNOTWire_1[15]);
  and finalAND (KeyWire_0_2, newWire_72, newWire_73);

endmodule /* AntiSAT */